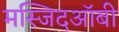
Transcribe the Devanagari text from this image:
मस्जिदऑबी